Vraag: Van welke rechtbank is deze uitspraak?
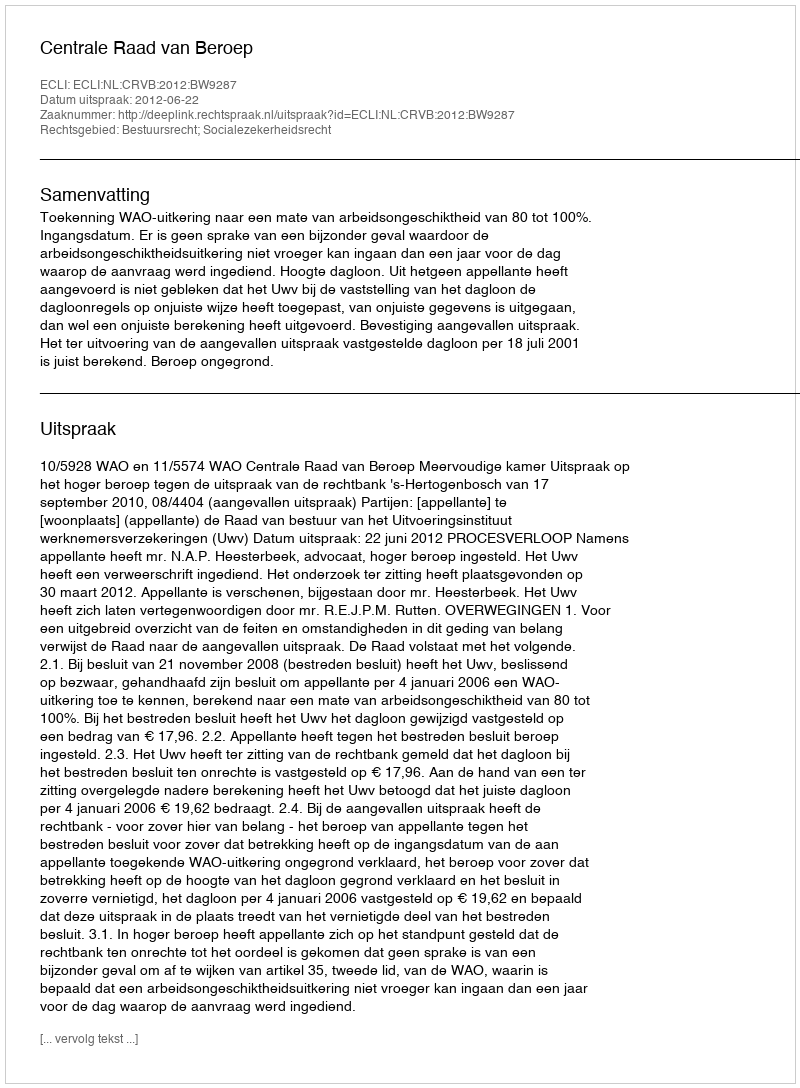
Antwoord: Centrale Raad van Beroep